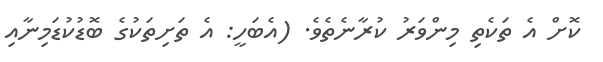
ކޮށް އެ ތަކެތި މިންވަރު ކުރާނެތެވެ. (އެބަހީ: އެ ތަށިތަކުގެ ބޮޑުކުޑަމިނާއި